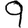
Digit: 9